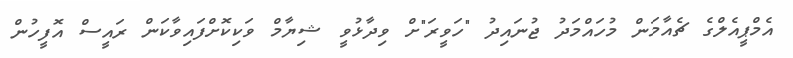
އެމްޕީއެލްގެ ޗެއާމަން މުހައްމަދު ޖުނައިދު "ހަވީރަ"ށް ވިދާޅުވީ ޝިޔާމް ވަކިކޮށްފައިވާކަން ރައީސް އޮފީހުން